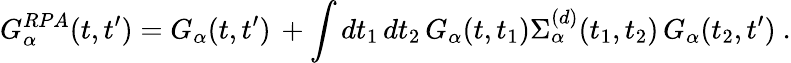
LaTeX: G_{\alpha}^{RPA}(t,t^{\prime})=G_{\alpha}(t,t^{\prime})\, +\int dt_{1}\, dt_{2}\, G_{\alpha}(t,t_{1})\Sigma_{\alpha}^{(d)}(t_{1},t_{2})\, G_{\alpha}(t_{2},t^{\prime})~.